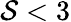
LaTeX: \mathcal{S}<3